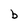
Character: b